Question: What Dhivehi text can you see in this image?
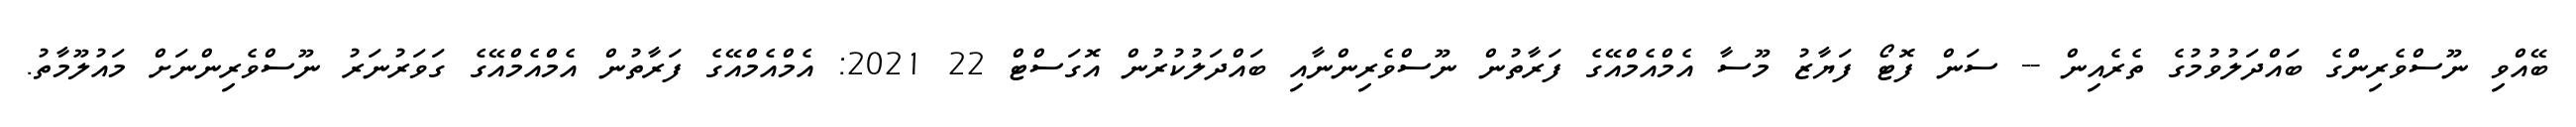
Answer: ބޭއްވި ނޫސްވެރިންގެ ބައްދަލުވުމުގެ ތެރެއިން -- ސަން ފޮޓޯ ފަޔާޒު މޫސާ އެމްއެމްއޭގެ ފަރާތުން ނޫސްވެރިންނާއި ބައްދަލުކުރުން އޮގަސްޓް 22 2021: އެމްއެމްއޭގެ ފަރާތުން އެމްއެމްއޭގެ ގަވަރުނަރު ނޫސްވެރިންނަށް މައުލޫމާތު.